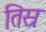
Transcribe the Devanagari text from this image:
तिस्रः